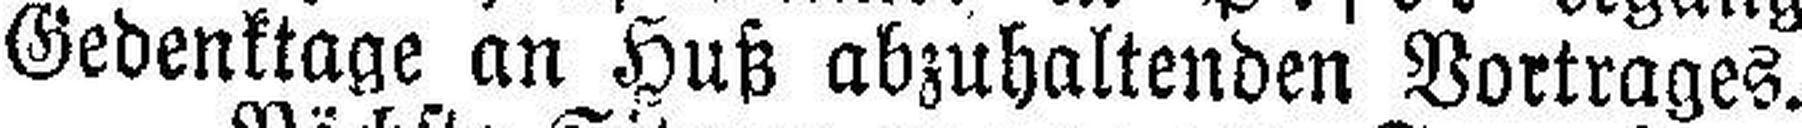
Gedenktage an Huß abzuhaltenden Vortrages.